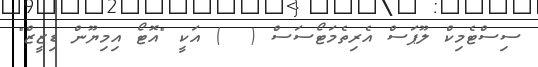
ސިސްޓެމިކް ލޫޕަސް އެރިތެމަޓޯސަސް (  ) އަކީ "އޮޓޯ އިމިޔޫން ޑިޒީޒް"